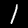
Digit: 1